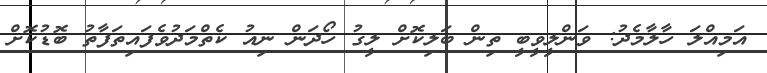
އަމިއްލަ ހާލާމެދު: ވަންލީވީބީ ތިން ބަލިކޮށް ލީގު ހޯދަން ނިއު ކެތްމަދުވެފައިތަފާތު ބޮޑުކޮށް